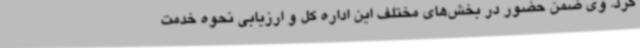
کرد. وی ضمن حضور در بخش‌های مختلف این اداره کل و ارزیابی نحوه خدمت